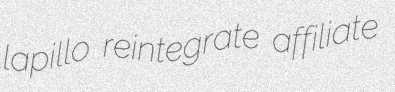
lapillo reintegrate affiliate